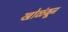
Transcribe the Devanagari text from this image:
खोळंबून